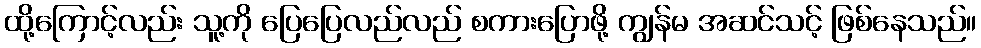
ထို့ကြောင့်လည်း သူ့ကို ပြေပြေလည်လည် စကားပြောဖို့ ကျွန်မ အဆင်သင့် ဖြစ်နေသည်။